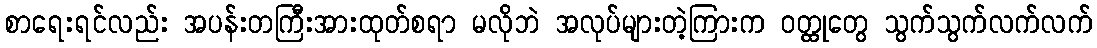
စာရေးရင်လည်း အပန်းတကြီးအားထုတ်စရာ မလိုဘဲ အလုပ်များတဲ့ကြားက ဝတ္ထုတွေ သွက်သွက်လက်လက်